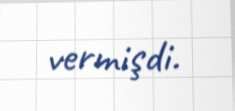
vermişdi.